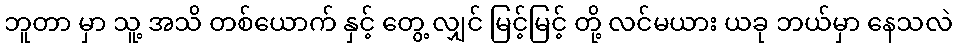
ဘူတာ မှာ သူ့ အသိ တစ်ယောက် နှင့် တွေ့ လျှင် မြင့်မြင့် တို့ လင်မယား ယခု ဘယ်မှာ နေသလဲ